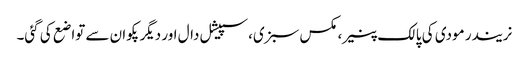
نریندر مودی کی پالک پنیر، مکس سبزی، سپیشل دال اور دیگرپکوان سے تواضع کی گئی۔